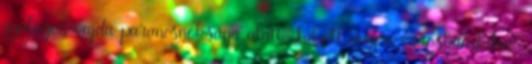
gyalogos vajda parancsnoksága alatt. Lakott még a városban kilenc